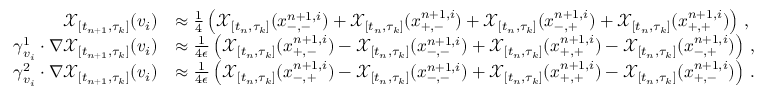
\begin{array} { r l } { \mathcal { X } _ { [ t _ { n + 1 } , \tau _ { k } ] } ( \boldsymbol { v } _ { i } ) } & { \approx \frac { 1 } { 4 } \left( \mathcal { X } _ { [ t _ { n } , \tau _ { k } ] } ( \boldsymbol { x } _ { - , - } ^ { n + 1 , i } ) + \mathcal { X } _ { [ t _ { n } , \tau _ { k } ] } ( \boldsymbol { x } _ { + , - } ^ { n + 1 , i } ) + \mathcal { X } _ { [ t _ { n } , \tau _ { k } ] } ( \boldsymbol { x } _ { - , + } ^ { n + 1 , i } ) + \mathcal { X } _ { [ t _ { n } , \tau _ { k } ] } ( \boldsymbol { x } _ { + , + } ^ { n + 1 , i } ) \right) \, , } \\ { \boldsymbol { \gamma } _ { v _ { i } } ^ { 1 } \cdot \nabla \mathcal { X } _ { [ t _ { n + 1 } , \tau _ { k } ] } ( \boldsymbol { v } _ { i } ) } & { \approx \frac { 1 } { 4 \epsilon } \left( \mathcal { X } _ { [ t _ { n } , \tau _ { k } ] } ( \boldsymbol { x } _ { + , - } ^ { n + 1 , i } ) - \mathcal { X } _ { [ t _ { n } , \tau _ { k } ] } ( \boldsymbol { x } _ { - , - } ^ { n + 1 , i } ) + \mathcal { X } _ { [ t _ { n } , \tau _ { k } ] } ( \boldsymbol { x } _ { + , + } ^ { n + 1 , i } ) - \mathcal { X } _ { [ t _ { n } , \tau _ { k } ] } ( \boldsymbol { x } _ { - , + } ^ { n + 1 , i } ) \right) \, , } \\ { \boldsymbol { \gamma } _ { v _ { i } } ^ { 2 } \cdot \nabla \mathcal { X } _ { [ t _ { n + 1 } , \tau _ { k } ] } ( \boldsymbol { v } _ { i } ) } & { \approx \frac { 1 } { 4 \epsilon } \left( \mathcal { X } _ { [ t _ { n } , \tau _ { k } ] } ( \boldsymbol { x } _ { - , + } ^ { n + 1 , i } ) - \mathcal { X } _ { [ t _ { n } , \tau _ { k } ] } ( \boldsymbol { x } _ { - , - } ^ { n + 1 , i } ) + \mathcal { X } _ { [ t _ { n } , \tau _ { k } ] } ( \boldsymbol { x } _ { + , + } ^ { n + 1 , i } ) - \mathcal { X } _ { [ t _ { n } , \tau _ { k } ] } ( \boldsymbol { x } _ { + , - } ^ { n + 1 , i } ) \right) \, . } \end{array}